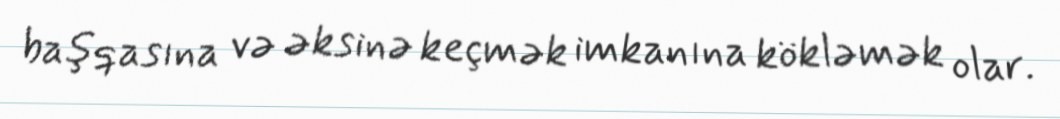
başqasına və əksinə keçmək imkanına kökləmək olar.